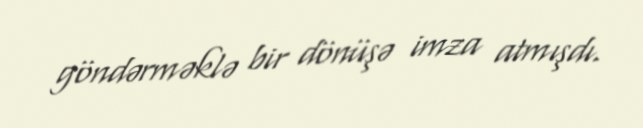
göndərməklə bir dönüşə imza atmışdı.